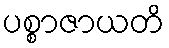
ပစ္စာဇာယတိ